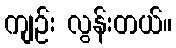
ကျဉ်း လွန်းတယ်။